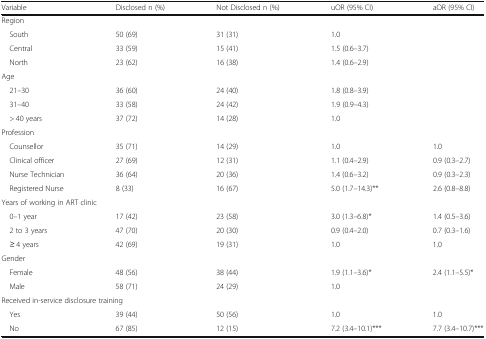
<table><thead><tr><td><b>Variable</b></td><td><b>Disclosed n (%)</b></td><td><b>Not Disclosed n (%)</b></td><td><b>uOR (95% CI)</b></td><td><b>aOR (95% CI)</b></td></tr></thead><tbody><tr><td colspan="5">Region</td></tr><tr><td> South</td><td>50 (69)</td><td>31 (31)</td><td>1.0</td><td></td></tr><tr><td> Central</td><td>33 (59)</td><td>15 (41)</td><td>1.5 (0.6–3.7)</td><td></td></tr><tr><td> North</td><td>23 (62)</td><td>16 (38)</td><td>1.4 (0.6–2.9)</td><td></td></tr><tr><td colspan="5">Age</td></tr><tr><td> 21–30</td><td>36 (60)</td><td>24 (40)</td><td>1.8 (0.8–3.9)</td><td></td></tr><tr><td> 31–40</td><td>33 (58)</td><td>24 (42)</td><td>1.9 (0.9–4.3)</td><td></td></tr><tr><td> &gt; 40 years</td><td>37 (72)</td><td>14 (28)</td><td>1.0</td><td></td></tr><tr><td colspan="5">Profession</td></tr><tr><td> Counsellor</td><td>35 (71)</td><td>14 (29)</td><td>1.0</td><td>1.0</td></tr><tr><td> Clinical officer</td><td>27 (69)</td><td>12 (31)</td><td>1.1 (0.4–2.9)</td><td>0.9 (0.3–2.7)</td></tr><tr><td> Nurse Technician</td><td>36 (64)</td><td>20 (36)</td><td>1.4 (0.6–3.2)</td><td>0.9 (0.3–2.3)</td></tr><tr><td> Registered Nurse</td><td>8 (33)</td><td>16 (67)</td><td>5.0 (1.7–14.3)**</td><td>2.6 (0.8–8.8)</td></tr><tr><td colspan="5">Years of working in ART clinic</td></tr><tr><td> 0–1 year</td><td>17 (42)</td><td>23 (58)</td><td>3.0 (1.3–6.8)*</td><td>1.4 (0.5–3.6)</td></tr><tr><td> 2 to 3 years</td><td>47 (70)</td><td>20 (30)</td><td>0.9 (0.4–2.0)</td><td>0.7 (0.3–1.6)</td></tr><tr><td> ≥ 4 years</td><td>42 (69)</td><td>19 (31)</td><td>1.0</td><td>1.0</td></tr><tr><td colspan="5">Gender</td></tr><tr><td> Female</td><td>48 (56)</td><td>38 (44)</td><td>1.9 (1.1–3.6)*</td><td>2.4 (1.1–5.5)*</td></tr><tr><td> Male</td><td>58 (71)</td><td>24 (29)</td><td>1.0</td><td></td></tr><tr><td colspan="5">Received in-service disclosure training</td></tr><tr><td> Yes</td><td>39 (44)</td><td>50 (56)</td><td>1.0</td><td>1.0</td></tr><tr><td> No</td><td>67 (85)</td><td>12 (15)</td><td>7.2 (3.4–10.1)***</td><td>7.7 (3.4–10.7)***</td></tr></tbody></table>